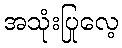
အသုံးပြုလေ့